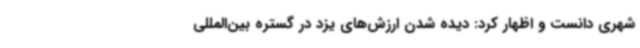
شهری دانست و اظهار کرد: دیده شدن ارزش‌های یزد در گستره بین‌المللی